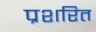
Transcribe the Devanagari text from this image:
प्रशरित